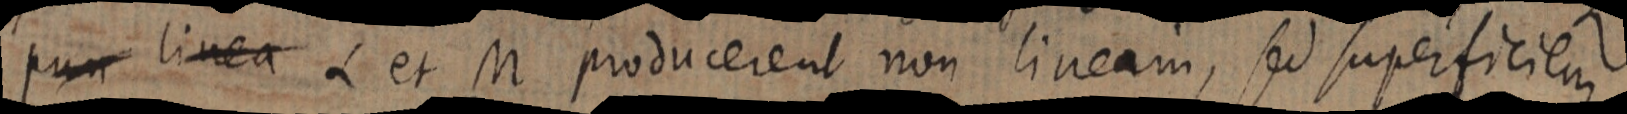
pun linea L et M producerent non lineam, sed superficiem